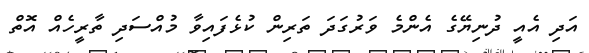
އަދި އެއީ ދުނިޔޭގެ އެންމެ ވަރުގަދަ ތަރިން ކުޅެފައިވާ މުއްސަދި ތާރީހެއް އޮތް